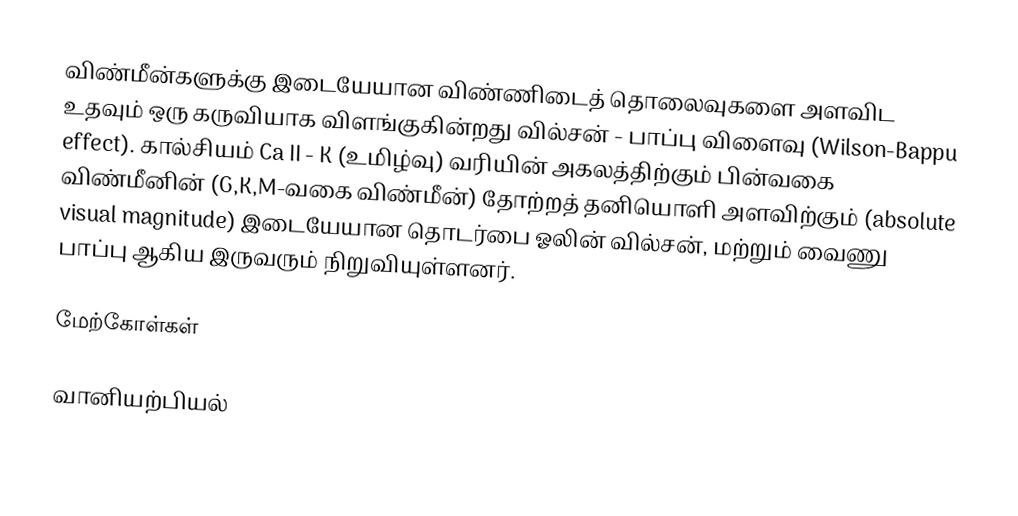
விண்மீன்களுக்கு இடையேயான விண்ணிடைத் தொலைவுகளை அளவிட உதவும் ஒரு கருவியாக விளங்குகின்றது வில்சன் - பாப்பு விளைவு (Wilson-Bappu effect). கால்சியம் Ca II -  K (உமிழ்வு) வரியின் அகலத்திற்கும் பின்வகை விண்மீனின் (G,K,M-வகை விண்மீன்) தோற்றத் தனியொளி அளவிற்கும் (absolute visual magnitude) இடையேயான தொடர்பை ஓலின் வில்சன், மற்றும் வைணு பாப்பு ஆகிய இருவரும் நிறுவியுள்ளனர்.

மேற்கோள்கள்

வானியற்பியல்